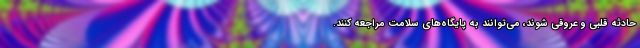
حادثه قلبی و عروقی شوند، می‌توانند به پایگاه‌های سلامت مراجعه کنند.